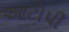
આટોપી